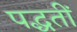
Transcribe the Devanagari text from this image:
पद्धतीं